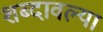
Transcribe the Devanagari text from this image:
शब्दावल्या